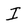
Character: I